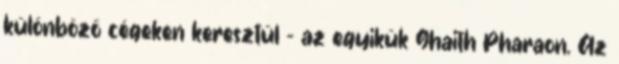
különböző cégeken keresztül – az egyikük Ghaith Pharaon. Az